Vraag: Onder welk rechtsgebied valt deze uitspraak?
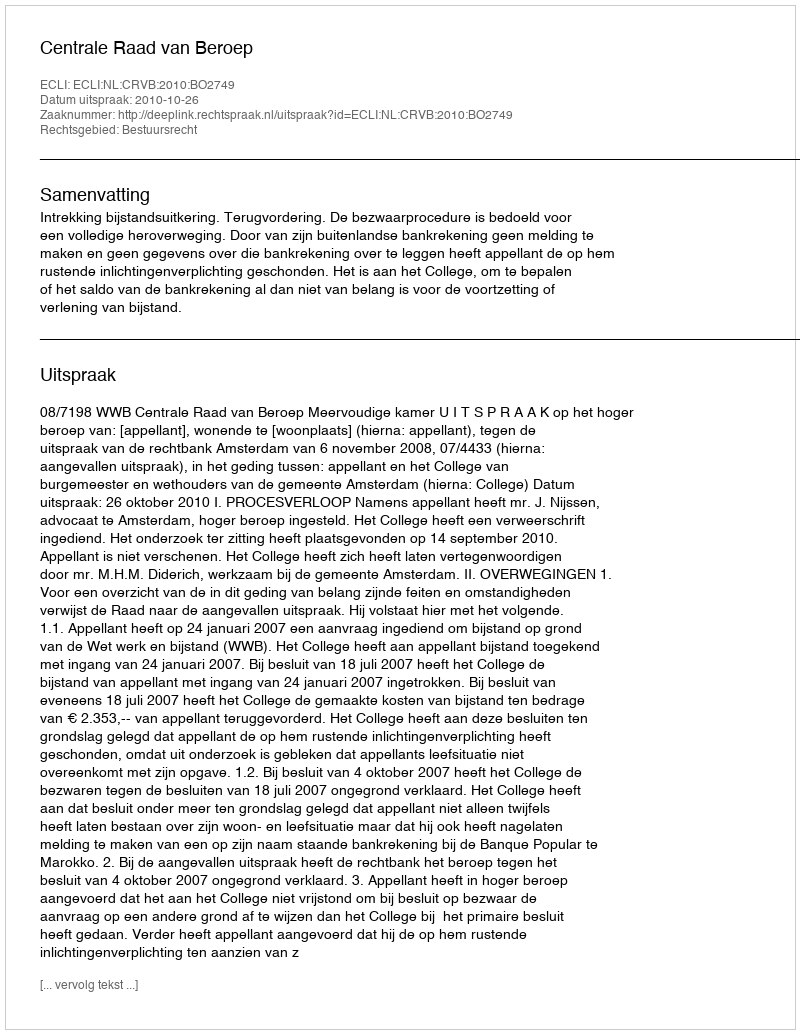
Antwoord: Bestuursrecht